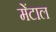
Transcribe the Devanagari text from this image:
मेंटाल